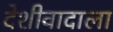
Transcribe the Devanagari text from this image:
देशीवादाला